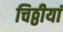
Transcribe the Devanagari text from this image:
चिठ्ठीयां